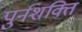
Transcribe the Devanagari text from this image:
पुर्नशक्ति